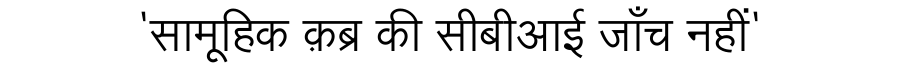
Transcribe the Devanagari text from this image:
'सामूहिक क़ब्र की सीबीआई जाँच नहीं'